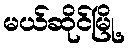
မယ်ဆိုင်မြို့